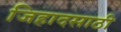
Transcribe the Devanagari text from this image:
जिहादसाठी